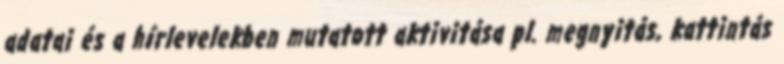
adatai és a hírlevelekben mutatott aktivitása pl. megnyitás, kattintás